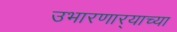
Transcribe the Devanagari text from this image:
उभारणार्‍याच्या